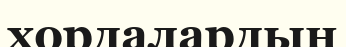
хордалардың